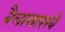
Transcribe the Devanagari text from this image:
बैलासारखे